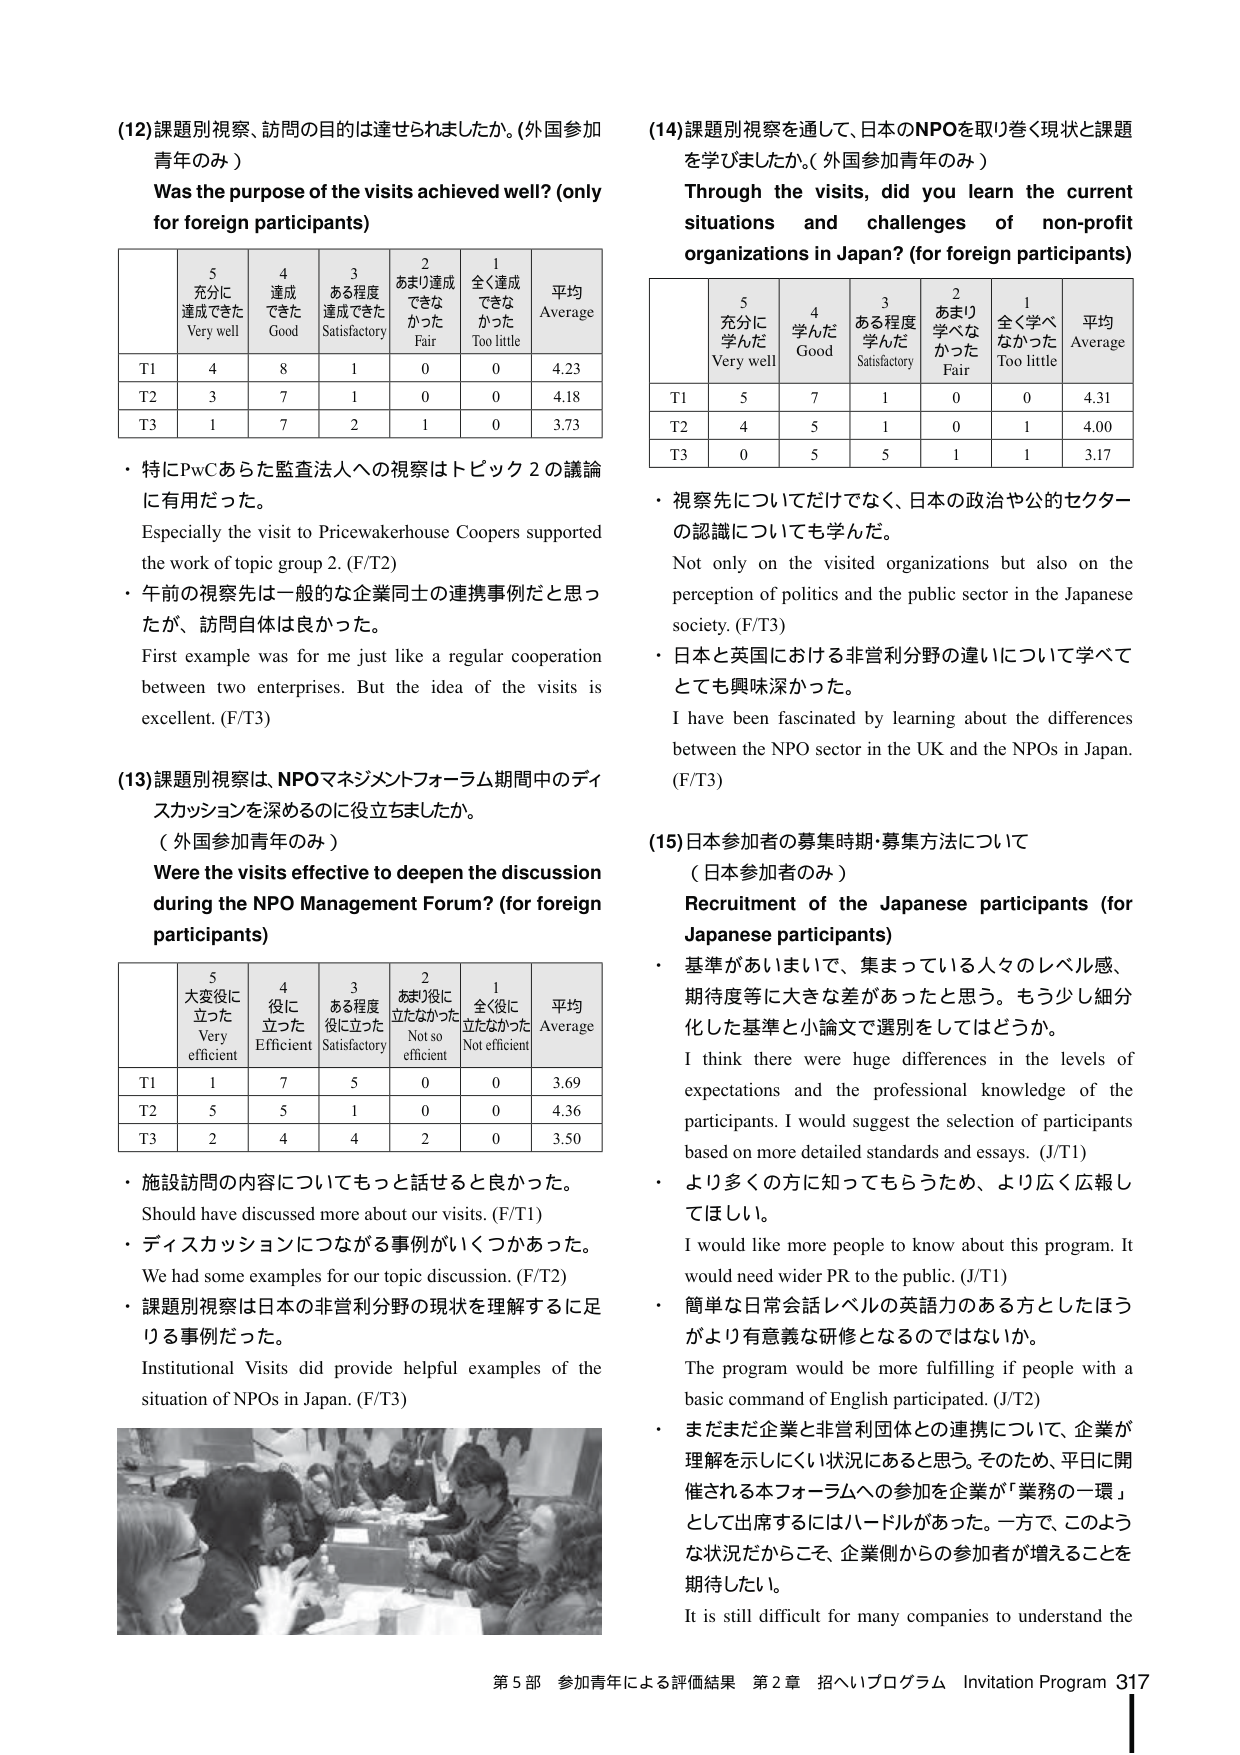
(12) 課題別視察、訪問の目的は達せられましたか。(外国参加青年のみ)
Was the purpose of the visits achieved well? (only for foreign participants)

| | 5 充分に達成できた Very well | 4 達成できた Good | 3 ある程度達成できた Satisfactory | 2 あまり達成できなかった Fair | 1 全く達成できなかった Too little | 平均 Average |
|---|---|---|---|---|---|---|
| T1 | 4 | 8 | 1 | 0 | 0 | 4.23 |
| T2 | 3 | 7 | 1 | 0 | 0 | 4.18 |
| T3 | 1 | 7 | 2 | 1 | 0 | 3.73 |

・特にPwCあらた監査法人への視察はトピック2の議論に有用だった。
Especially the visit to Pricewaterhouse Coopers supported the work of topic group 2. (F/T2)
・午前の視察先は一般的な企業同士の連携事例だと思ったが、訪問自体は良かった。
First example was for me just like a regular cooperation between two enterprises. But the idea of the visits is excellent. (F/T3)

(13) 課題別視察は、NPOマネジメントフォーラム期間中のディスカッションを深めるのに役立ちましたか。
（外国参加青年のみ）
Were the visits effective to deepen the discussion during the NPO Management Forum? (for foreign participants)

| | 5 大変役に立った Very efficient | 4 役に立った Efficient | 3 ある程度役に立った Satisfactory | 2 あまり役に立たなかった Not so efficient | 1 全く役に立たなかった Not efficient | 平均 Average |
|---|---|---|---|---|---|---|
| T1 | 1 | 7 | 5 | 0 | 0 | 3.69 |
| T2 | 5 | 5 | 1 | 0 | 0 | 4.36 |
| T3 | 2 | 4 | 4 | 2 | 0 | 3.50 |

・施設訪問の内容についてもっと話せると良かった。
Should have discussed more about our visits. (F/T1)
・ディスカッションにつながる事例がいくつかあった。
We had some examples for our topic discussion. (F/T2)
・課題別視察は日本の非営利分野の現状を理解するのに足りる事例だった。
Institutional Visits did provide helpful examples of the situation of NPOs in Japan. (F/T3)

(14) 課題別視察を通して、日本のNPOを取り巻く現状と課題を学びましたか。(外国参加青年のみ)
Through the visits, did you learn the current situations and challenges of non-profit organizations in Japan? (for foreign participants)

| | 5 充分に学んだ Very well | 4 学んだ Good | 3 ある程度学んだ Satisfactory | 2 あまり学べなかった Fair | 1 全く学べなかった Too little | 平均 Average |
|---|---|---|---|---|---|---|
| T1 | 5 | 7 | 1 | 0 | 0 | 4.31 |
| T2 | 4 | 5 | 1 | 0 | 1 | 4.00 |
| T3 | 0 | 5 | 5 | 1 | 1 | 3.17 |

・視察先についてだけでなく、日本の政治や公的セクターの認識についても学んだ。
Not only on the visited organizations but also on the perception of politics and the public sector in the Japanese society. (F/T3)
・日本と英国における非営利分野の違いについて学べてとても興味深かった。
I have been fascinated by learning about the differences between the NPO sector in the UK and the NPOs in Japan. (F/T3)

(15) 日本参加者の募集時期・募集方法について
（日本参加者のみ）
Recruitment of the Japanese participants (for Japanese participants)

・基準があいまいで、集まっている人々のレベル感、期待度等に大きな差があったと思う。もう少し細分化した基準と小論文で選別をしてはどうか。
I think there were huge differences in the levels of expectations and the professional knowledge of the participants. I would suggest the selection of participants based on more detailed standards and essays. (J/T1)
・より多くの方に知ってもらうため、より広く広報してほしい。
I would like more people to know about this program. It would need wider PR to the public. (J/T1)
・簡単な日常会話レベルの英語力のある方としたらほうがより有意義な研修となるのではないか。
The program would be more fulfilling if people with a basic command of English participated. (J/T2)
・まだまだ企業と非営利団体との連携について、企業が理解を示しにくい状況にあると思う。そのため、平日に開催される本フォーラムへの参加を企業が「業務の一環」として出席するにはハードルがあった。一方で、このような状況だからこそ、企業側からの参加者が増えることを期待したい。
It is still difficult for many companies to understand the

第5部 参加青年による評価結果 第2章 招へいプログラム Invitation Program 317